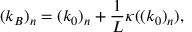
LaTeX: ( k _ { B } ) _ { n } = ( k _ { 0 } ) _ { n } + \frac { 1 } { L } \kappa ( ( k _ { 0 } ) _ { n } ) ,